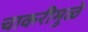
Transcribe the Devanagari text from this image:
चाकरीमुळे